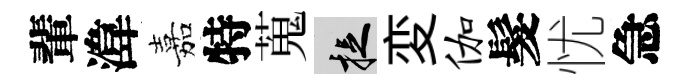
輩湋嘉特蒐捉変伽髮忧急